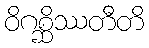
ဝိဂစ္ဆိဿတီတိ